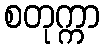
စတုက္ကာ